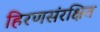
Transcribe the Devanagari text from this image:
हिरणसंरक्षित